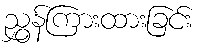
ညွှန်ကြားထားခြင်း